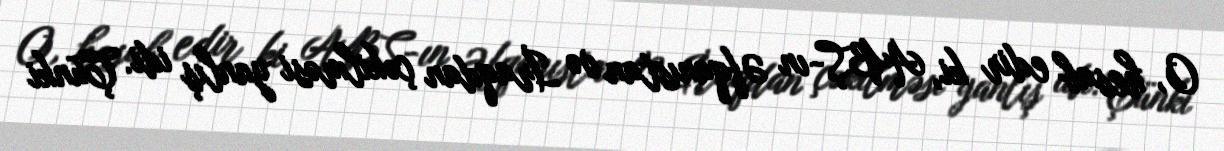
O, hesab edir ki, ABŞ-ın Əfqanıstan və İraqdan çəkilməsi yanlış idi. Çünki